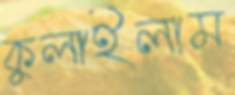
কুলাইলাম